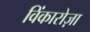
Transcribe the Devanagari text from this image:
विंकारोज़ा